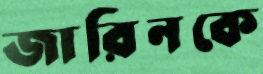
জারিনকে